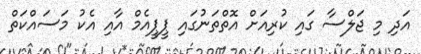
އަދި މި ޖަލްސާ ގައި ކުރިއަށް އޮތްތަނުގައި ޕީޕީއެމް އާއި އެކު މަސައްކަތް